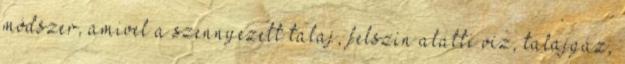
módszer, amivel a szennyezett talaj, felszín alatti víz, talajgáz,